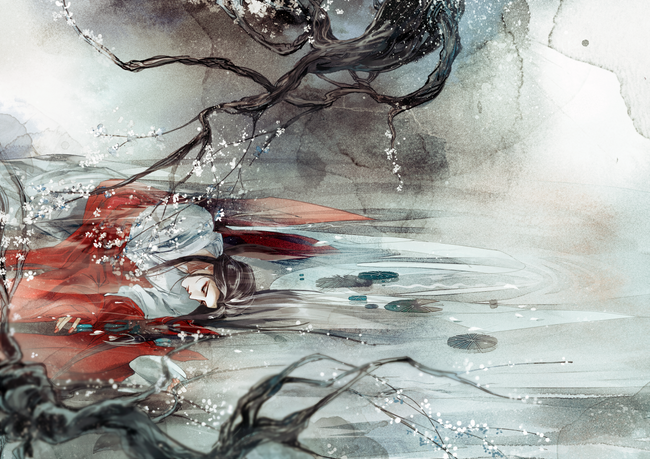
天南地北双飞客，老翅几回寒暑。